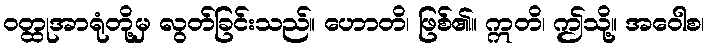
ဝတ္ထုအာရုံတို့မှ လွတ်ခြင်းသည်။ ဟောတိ၊ ဖြစ်၏။ ဣတိ၊ ဤသို့။ အဝေါစ၊